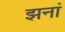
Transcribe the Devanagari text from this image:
झनां